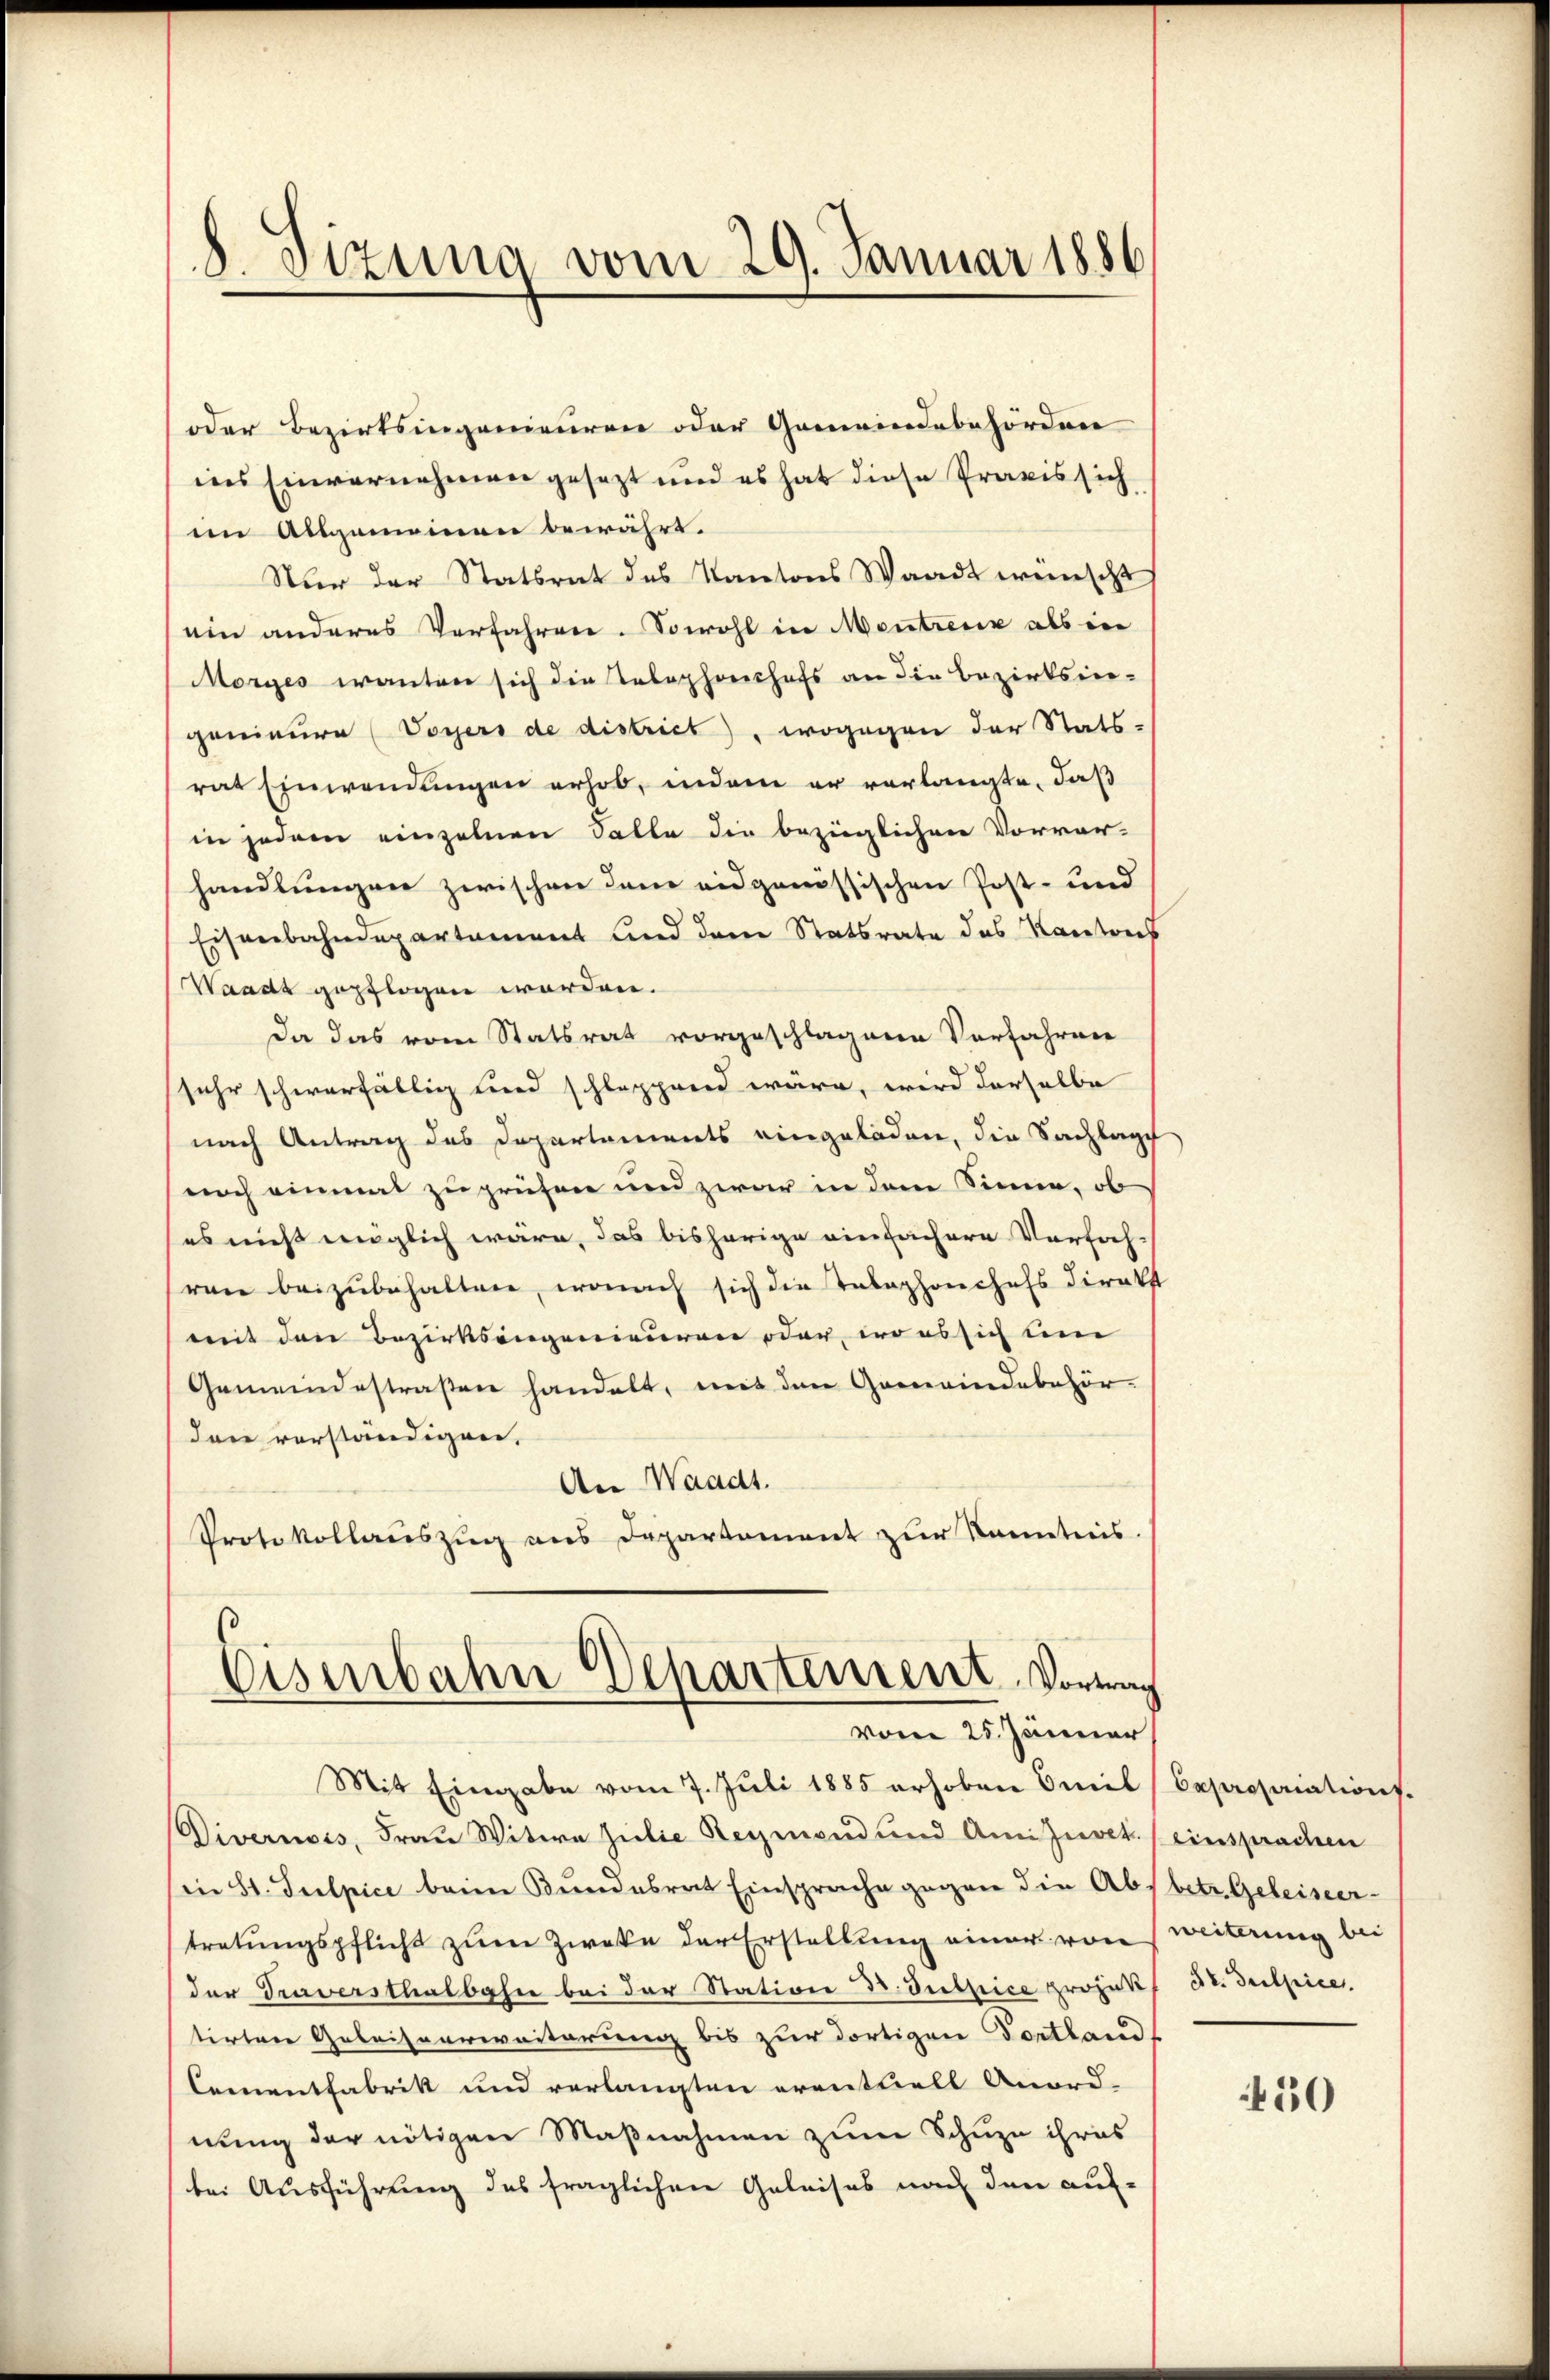
8. Sizung vom 29. Januar 1886

oder Bezirksingenieuren oder Gemeindebehörden
ins Einvernehmen gesezt und es hat diese Praxis sich
im Allgemeinen bewährt.
Nur der Statsrat des Kantons Waadt wünscht
ein anderes Verfahren. Sowohl in Montreux als in
Morges wanten sich die Telephonchefs an die Bezirksin-
genieure (Voyers de district), wogegen der Stats-
rat Einwendungen erhob, indem er vorlangte, daß
in jedem einzelnen Salle die bezüglichen Vorver-
handlungen zwischen dem eidgenössischen Post- und
Eisenbahndepartament und dem Statsrate des Kantons
Waadt gepflogen worden.
da das vom Statsrat vorgeschlagene Verfahren
sehr schwerfällig sind schlappend wäre, wird derselbe
nach Antrag des Departements eingeladen, die Sachlage
noch einmal zu prüfen und zwar in dem Sinne, ob
es nicht möglich wäre, das bisherige einfachere Verfah-
ren beizubehalten, wonach sich die Telephonchefs direkt
mit den Bezirksangenieuren oder, wo es sich um
Gemeindestraßen handelt, mit den Gemeindebehör-
den vorständigen.
An Waadt.
Protokollauszug aus Departement zur Kenntnis

Eisenbahn Departement. Vortrag
vom 25. Jänner

Mit Eingabe vom 7. Juli 1885 erhoben Omel (Caprosaiations-
Divernois, Frau Witwe Julie Reymond und AmiJuvet. (einsprachen
in St. Sulpice beim Bundesrat Einsprache gegen die Absbetr. Geleiseer-
tretungspflicht zum Zweke der Erstellung einer von Weiterung bei
der Traversthalbahn bei der Station Dr. Tutpice prozess
tirten Geleisverweiterung bis zur dortigen Fortland
Cementfabrik und verlangten eventuell Anord-
nung der nötigen Maßnahmen zum Schule ihres
(bei Ausführung des fraglichen Geleises nach den auf-

3t. Sulpice.

50